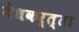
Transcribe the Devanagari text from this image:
वेधकर्त्ता